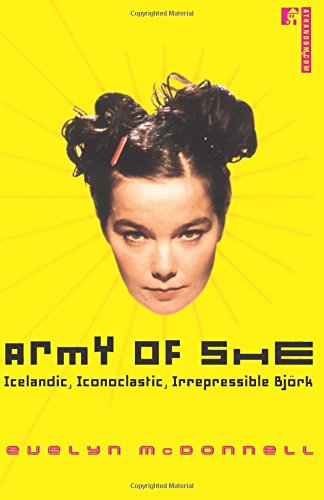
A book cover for Army of She: Icelandic, Iconoclastic, Irrepressible BjÃ¶rk; Evelyn McDonnell; Travel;